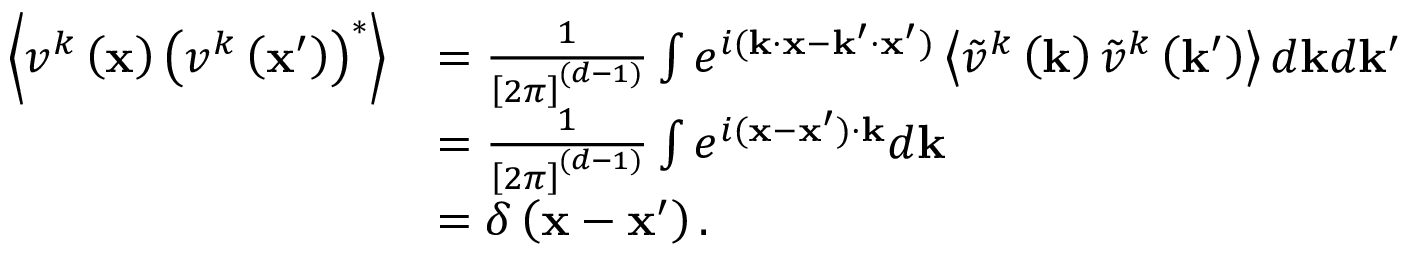
\begin{array} { r l } { \left\langle v ^ { k } \left( \mathbf { x } \right) \left( v ^ { k } \left( \mathbf { x } ^ { \prime } \right) \right) ^ { * } \right\rangle } & { = \frac { 1 } { \left[ 2 \pi \right] ^ { ( d - 1 ) } } \int e ^ { i ( \mathbf { k } \cdot \mathbf { x } - \mathbf { k } ^ { \prime } \cdot \mathbf { x } ^ { \prime } ) } \left\langle \tilde { v } ^ { k } \left( \mathbf { k } \right) \tilde { v } ^ { k } \left( \mathbf { k } ^ { \prime } \right) \right\rangle d \mathbf { k } d \mathbf { k } ^ { \prime } } \\ & { = \frac { 1 } { \left[ 2 \pi \right] ^ { ( d - 1 ) } } \int e ^ { i ( \mathbf { x } - \mathbf { x } ^ { \prime } ) \cdot \mathbf { k } } d \mathbf { k } } \\ & { = \delta \left( \mathbf { x } - \mathbf { x } ^ { \prime } \right) . } \end{array}